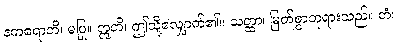
နကရောတိ၊ မပြု။ ဣတိ၊ ဤသို့လျှောက်၏။ သတ္ထာ၊ မြတ်စွာဘုရားသည်။ တံ၊